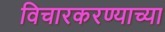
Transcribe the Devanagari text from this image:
विचारकरण्याच्या